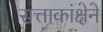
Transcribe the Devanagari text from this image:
सत्ताकांक्षेने